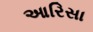
આરિસા